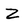
Character: Z